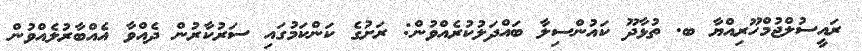
ރައީސުލްޖުމްހޫރިއްޔާ ބ. ތުޅާދޫ ކައުންސިލާ ބައްދަލުކުރެއްވުން: ރަށުގެ ކަންކަމުގައި ސަރުކާރުން ދެއްވާ އެއްބާރުލެއްވުން